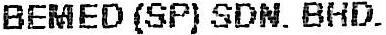
BEMED (SP) SDN. BHD.